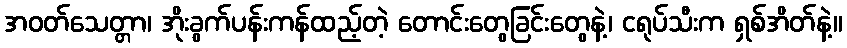
အဝတ်သေတ္တာ၊ အိုးခွက်ပန်းကန်ထည့်တဲ့ တောင်းတွေခြင်းတွေနဲ့၊ ငရုပ်သီးက ရှစ်အိတ်နဲ့။